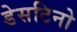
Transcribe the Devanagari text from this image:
डेसटिनो